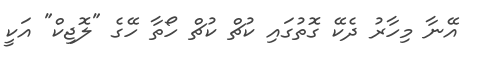
އޭނާ މިހާރު ދެކޭ ގޮތުގައި ކުޗް ކުޗް ހޯތާ ހޭގެ "ލޮޖިކް" އަކީ